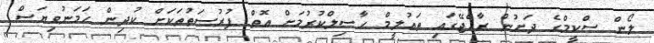
ލޯން ސްކީމްގެ ދަށުން ރާއްޖޭގައި ތައުލީމް ހާސިލްކުރުމަށް އޮތް ފުރުސަތުތަކަށް ކުދިން ހަމަނުވިޔަސް